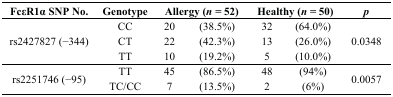
<table><thead><tr><td><b>FcεR1α SNP No.</b></td><td><b>Genotype</b></td><td colspan="2"><b>Allergy (<i>n =</i> 52)</b></td><td colspan="2"><b>Healthy (<i>n =</i> 50)</b></td><td><b><i>p</i></b></td></tr></thead><tbody><tr><td rowspan="3">rs2427827 (−344)</td><td>CC</td><td>20</td><td>(38.5%)</td><td>32</td><td>(64.0%)</td><td rowspan="3">0.0348</td></tr><tr><td>CT</td><td>22</td><td>(42.3%)</td><td>13</td><td>(26.0%)</td></tr><tr><td>TT</td><td>10</td><td>(19.2%)</td><td>5</td><td>(10.0%)</td></tr><tr><td rowspan="2">rs2251746 (−95)</td><td>TT</td><td>45</td><td>(86.5%)</td><td>48</td><td>(94%)</td><td rowspan="2">0.0057</td></tr><tr><td>TC/CC</td><td>7</td><td>(13.5%)</td><td>2</td><td>(6%)</td></tr></tbody></table>